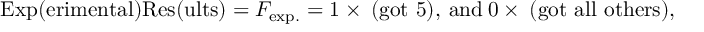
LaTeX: \mathrm { E x p ( e r i m e n t a l ) R e s ( u l t s ) } = F _ { \mathrm { e x p . } } = 1 \times \: \mathrm { ( g o t ~ 5 ) } , \: \mathrm { a n d } \: 0 \times \: \mathrm { ( g o t ~ a l l ~ o t h e r s ) } ,